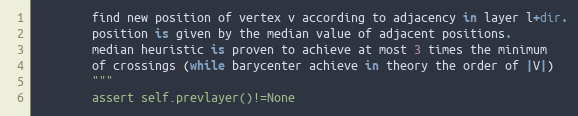
Language: Python
        find new position of vertex v according to adjacency in layer l+dir.
        position is given by the median value of adjacent positions.
        median heuristic is proven to achieve at most 3 times the minimum
        of crossings (while barycenter achieve in theory the order of |V|)
        """
        assert self.prevlayer()!=None